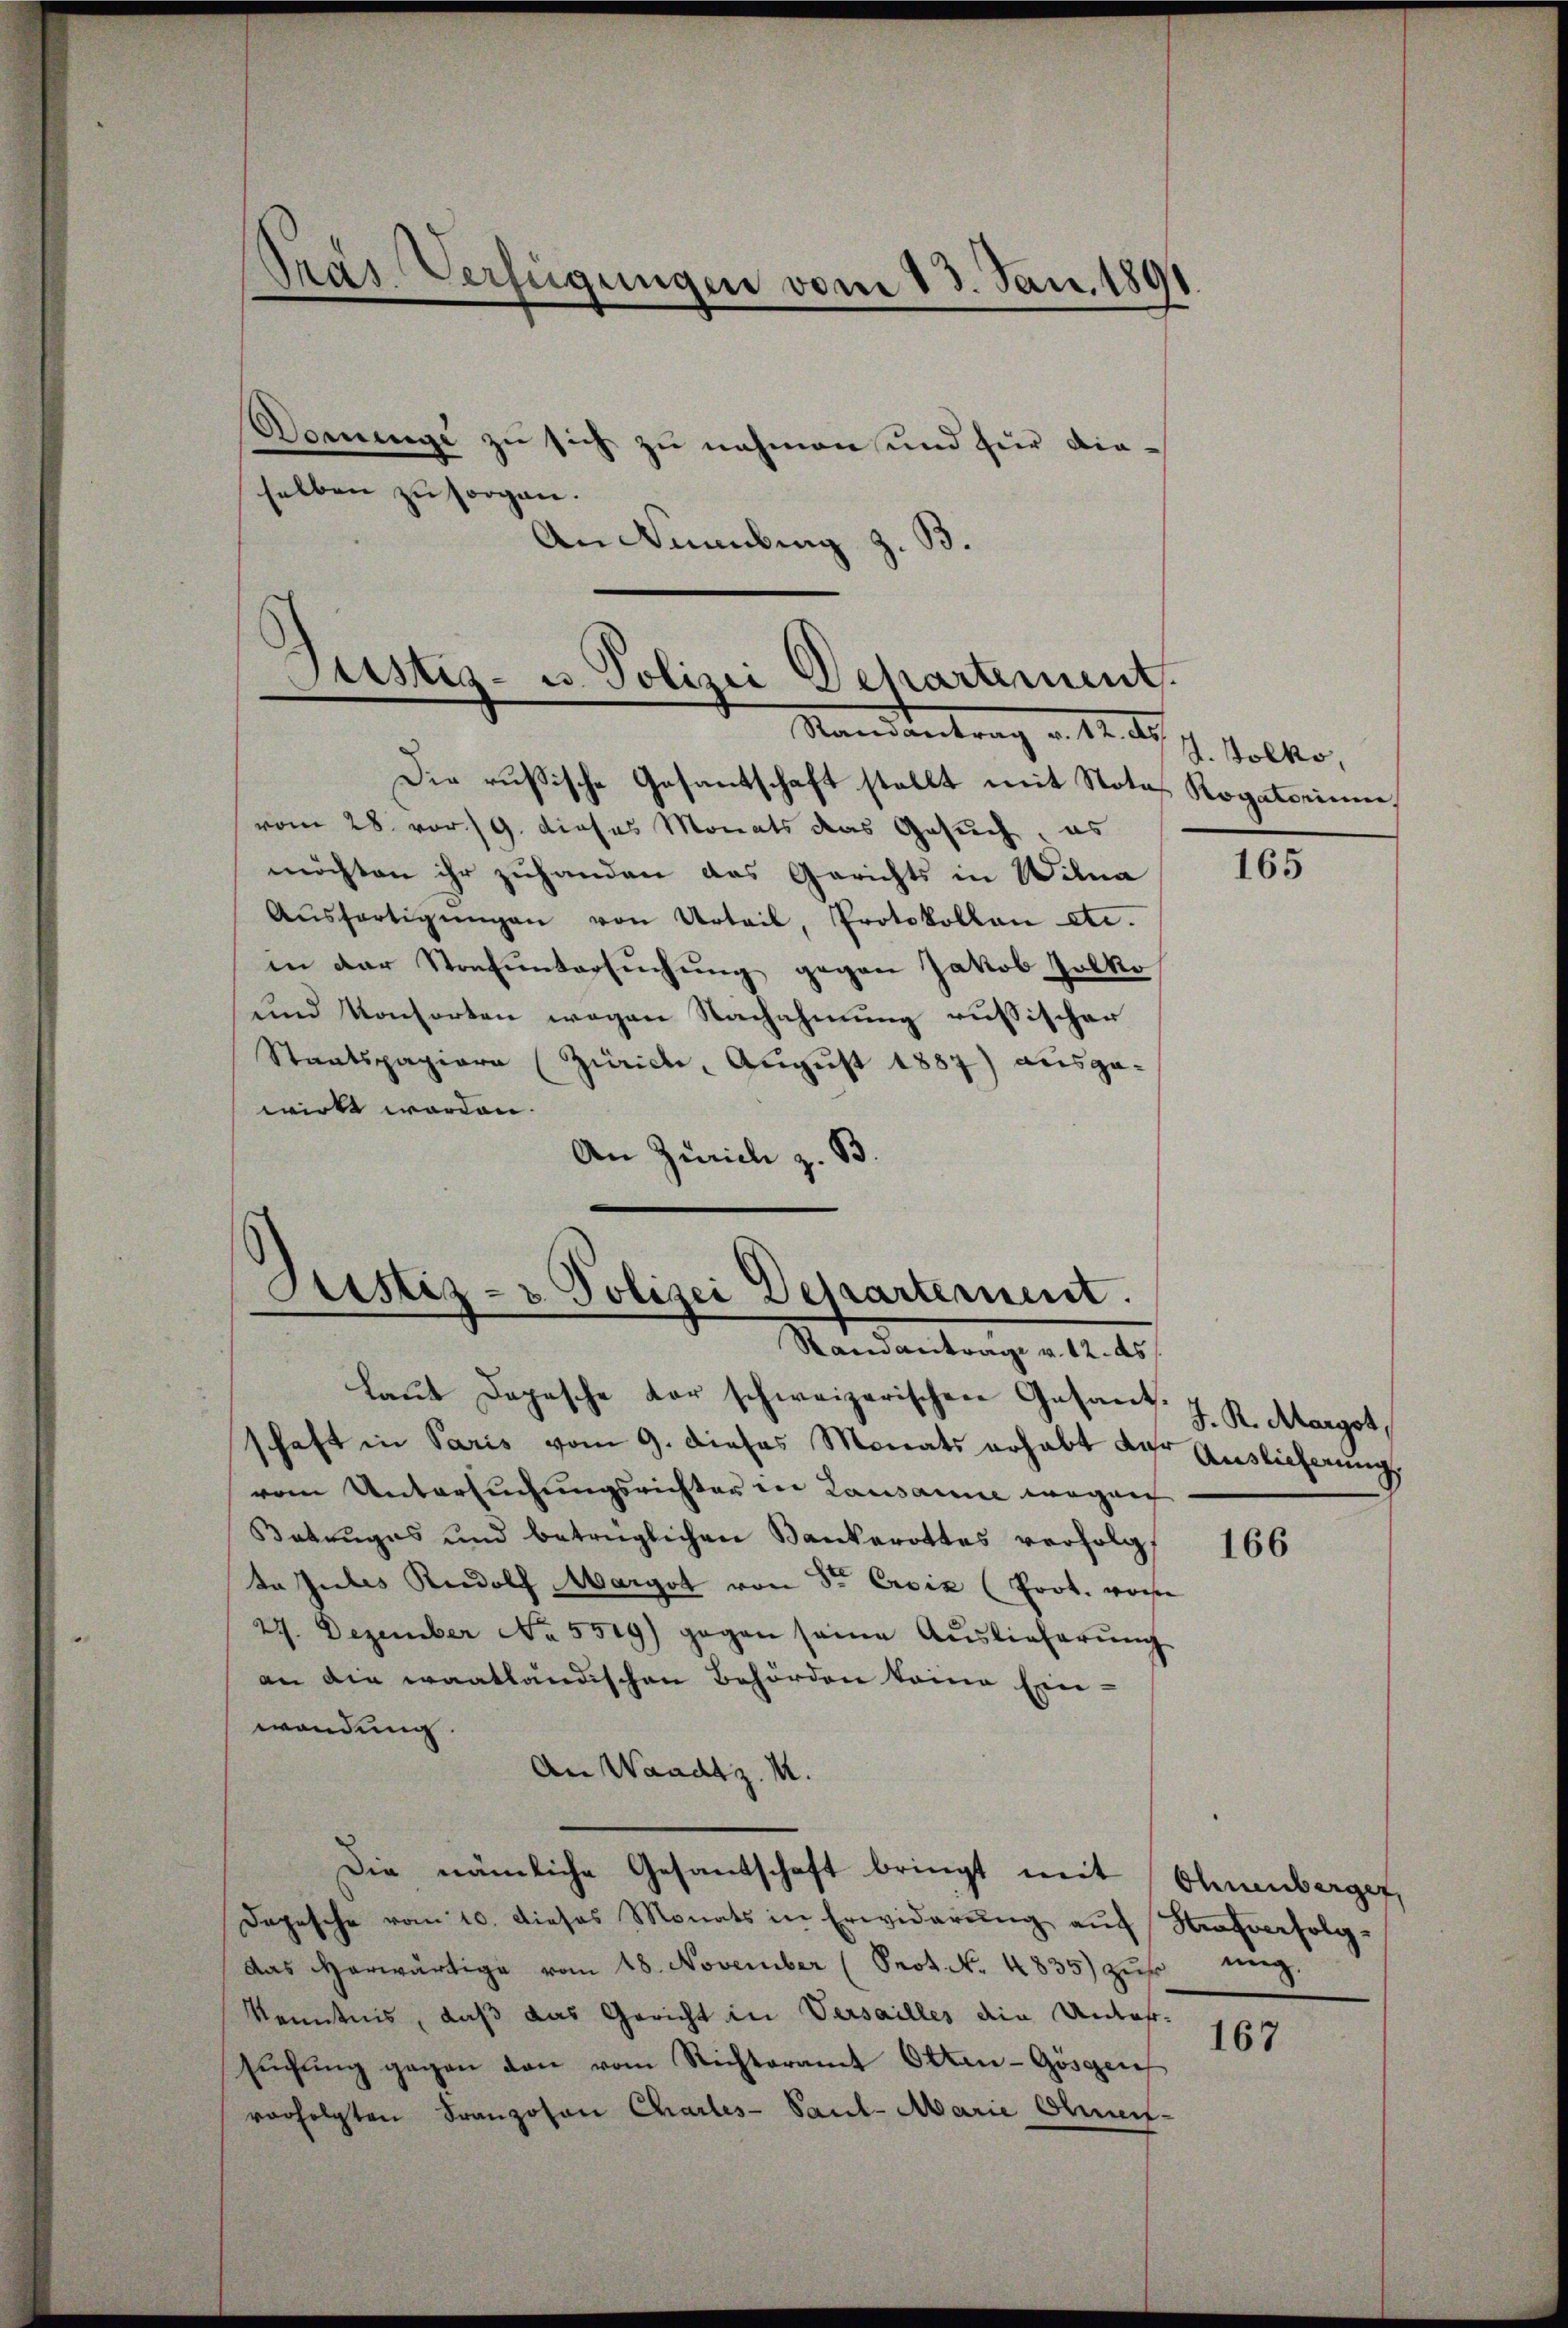
Gras Verfügungen vom 13. Jan. 1891

Dominge zu sich zu nahmen und für dieselben zu sorgen.
An Nürnberg z.
d.

Justiz- u. Polizei Departement.
Mandantrag v. 14. d.

d
Justiz- & Polizei Departement.
Ramantrage v. 12. ds.

Die russische Gesantschaft stellt mit Notar Rogatorinne.
vom 28. vor./9. dieses Monats das Gesuch, es
möchten ihr zuhanden das Gerichts in Wilna
Aŭsfertigŭngen von Urteil, Protokollen etc.
in der Strafuntersuchung gegen Jakob Zolko
und Konsorten wegen Nachahmung russischer
Staatspapiere (Zürich, August 1887) ausge-
wirkt worden.
An Zürich z. B.

laŭt Depesche der schweizerischen Gesant.
schaft in Paris vom 9. dieses Monats erhalt dar
vom Untersuchungsrichter in Lausanne wegen
Betruges und betrüglichen Sankarottes verfolgt
ta Julis Rudolf Margot von Sr Exsiz (Poot. vorste
27. Dezember No. 5519) gegen seine Auslieferŭng
an die waatländischen Behörden keine Ein-
wendung
An Waadt z. M.
.
Die nämliche Gesandschaft bringt mit Ehrenberger,
Depesche vom 10. dieses Monats in Erwiderŭng auf Strafverfolg-
Das herwärtige vom 18. November (Prot. No. 4835) zŭr ŭng
Kenntnis, daß das Gericht in Versailles ain Untafsŭchŭng gegen den vom Richteramt Otten-Gösgen
vorfolgten Franzosen Charles-Saul- Marie Oheif-

J. Tolko,

165

J. R. Margot,
Auslieferung.

166

167